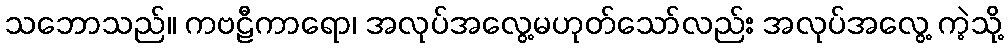
သဘောသည်။ ကဗဠီကာရော၊ အလုပ်အလွေ့မဟုတ်သော်လည်း အလုပ်အလွေ့ ကဲ့သို့